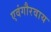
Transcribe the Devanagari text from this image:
एवंगौरवाय